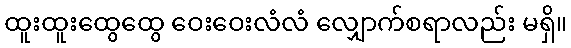
ထူးထူးထွေထွေ ဝေးဝေးလံလံ လျှောက်စရာလည်း မရှိ။